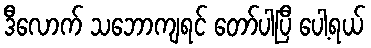
ဒီလောက် သဘောကျရင် တော်ပါပြီ ပေါ့ရယ်